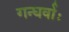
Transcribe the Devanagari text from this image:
गन्धर्वाः